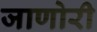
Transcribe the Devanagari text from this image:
जाणोरी